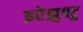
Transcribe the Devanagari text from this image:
इरेझुपटु